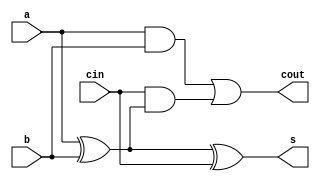
module full_adder (
    input a,
    input b,
    input cin,
    output s,
    output cout
);
    // Insert your RTL here to calculate the sum and carry out bits
    // Remove these assign statements once you write your own RTL
    xor(s, a, b, cin);
    
    wire xor_a_b;
    wire cin_and;
    wire and_a_b;
    
    xor(xor_a_b, a, b);
    and(cin_and, cin, xor_a_b);
    and(and_a_b, a, b);
    or(cout, and_a_b, cin_and);
endmodule